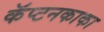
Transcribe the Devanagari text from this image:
कॅप्टनकाका